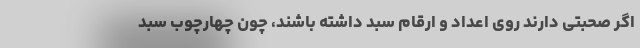
اگر صحبتی دارند روی اعداد و ارقام سبد داشته باشند، چون چهارچوب سبد